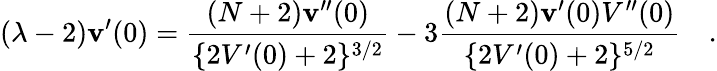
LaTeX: (\lambda-2)\mathbf{v}^{\prime}(0)=\frac{{(N+2)\mathbf{v}^{\prime\prime}(0)}}{{\{ 2V^{\prime}(0)+2\} ^{3/2}}}-3\frac{{(N+2)\mathbf{v}^{\prime}(0)V^{\prime\prime}(0)}}{{\{ 2V^{\prime}(0)+2\} ^{5/2}}}\quad.